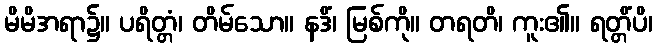
မိမိအရာ၌။ ပရိတ္တံ၊ တိမ်သော။ နဒိံ၊ မြစ်ကို။ တရတိ၊ ကူး၏။ ရတ္တိံပိ၊